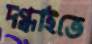
দগ্ধাইতে